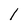
Character: l